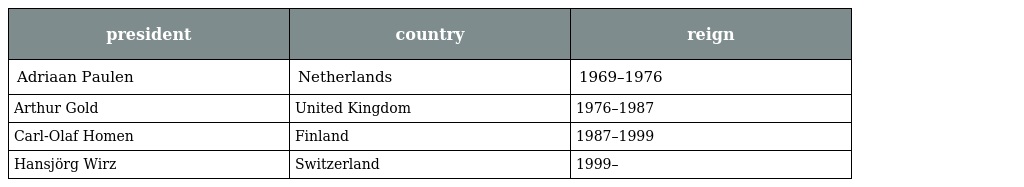
| president | country | reign |
 | --- | --- | --- |
 | Adriaan Paulen | Netherlands | 1969–1976 |
 | Arthur Gold | United Kingdom | 1976–1987 |
 | Carl-Olaf Homen | Finland | 1987–1999 |
 | Hansjörg Wirz | Switzerland | 1999– |